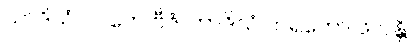
ယာဒိသံ ဝပတေ ဗီဇံ၊ တာဒိသံ ဟရတော ဖလန္တိ။